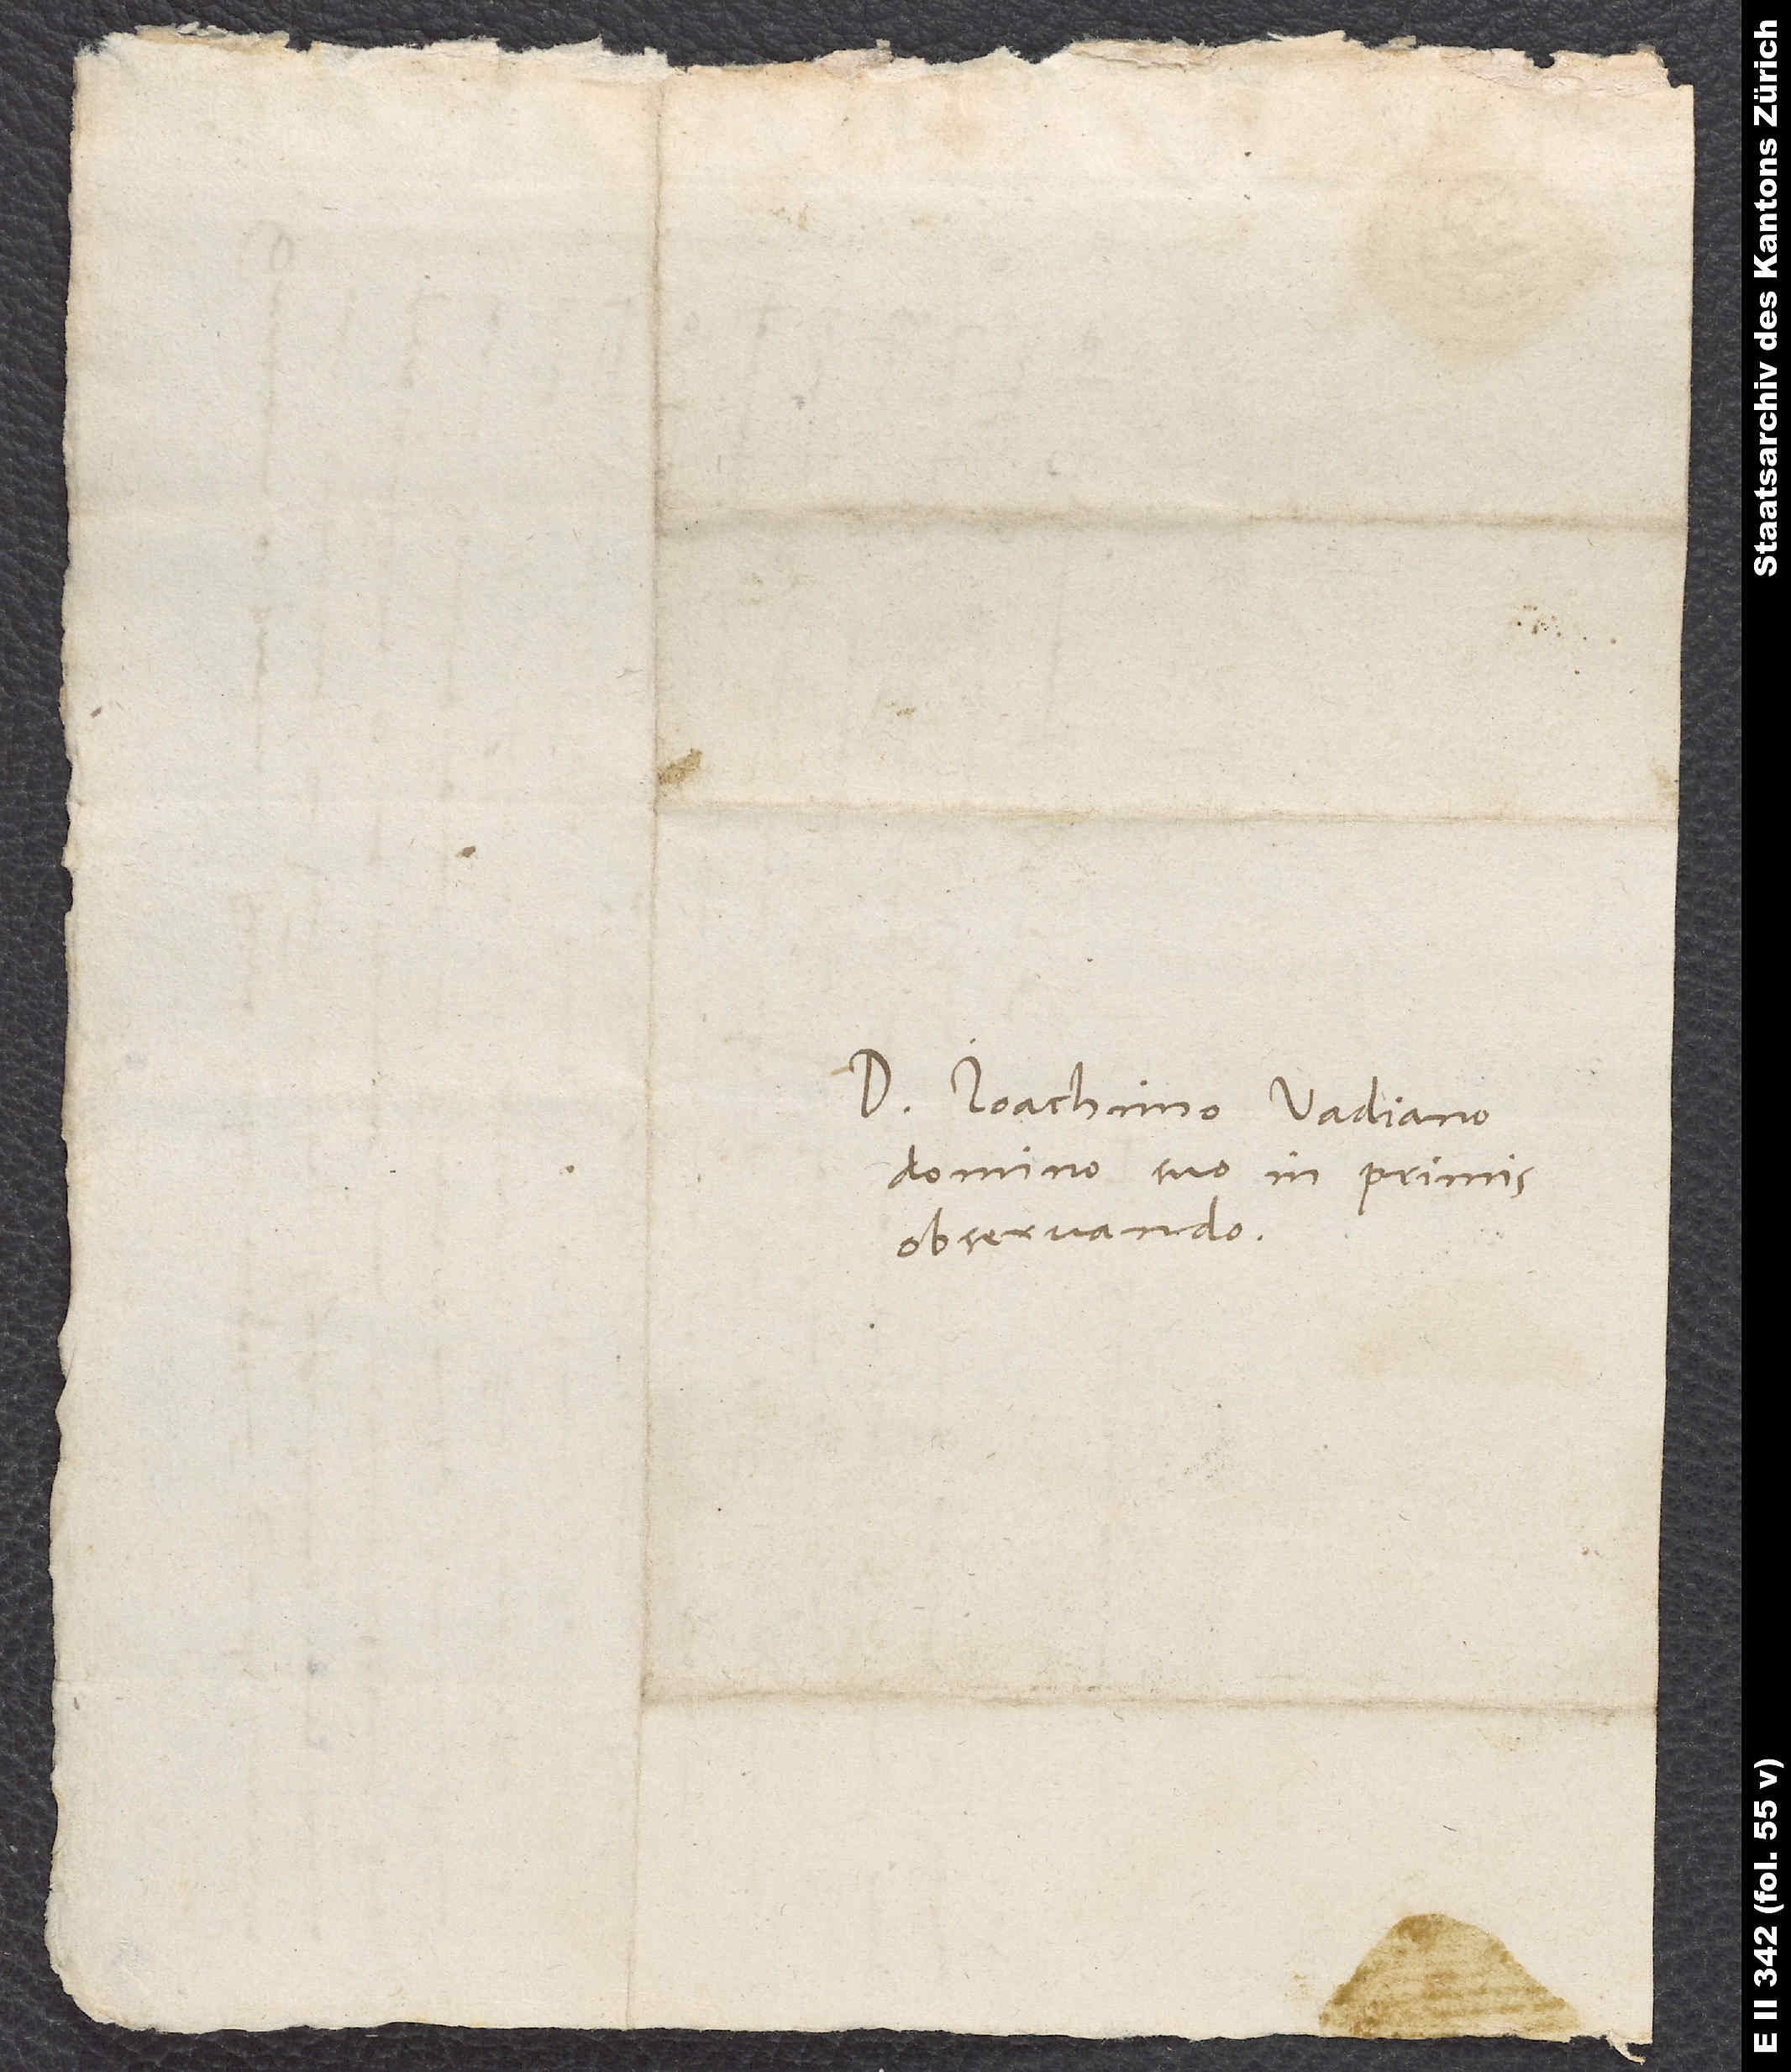
domino suo inprimis
observando.